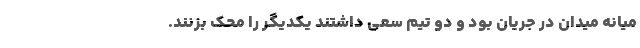
میانه میدان در جریان بود و دو تیم سعی داشتند یکدیگر را محک بزنند.